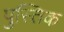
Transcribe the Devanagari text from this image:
पुस्तिक